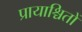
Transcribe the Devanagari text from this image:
प्रायाश्चितों